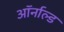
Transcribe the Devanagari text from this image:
ऑर्नाल्ड